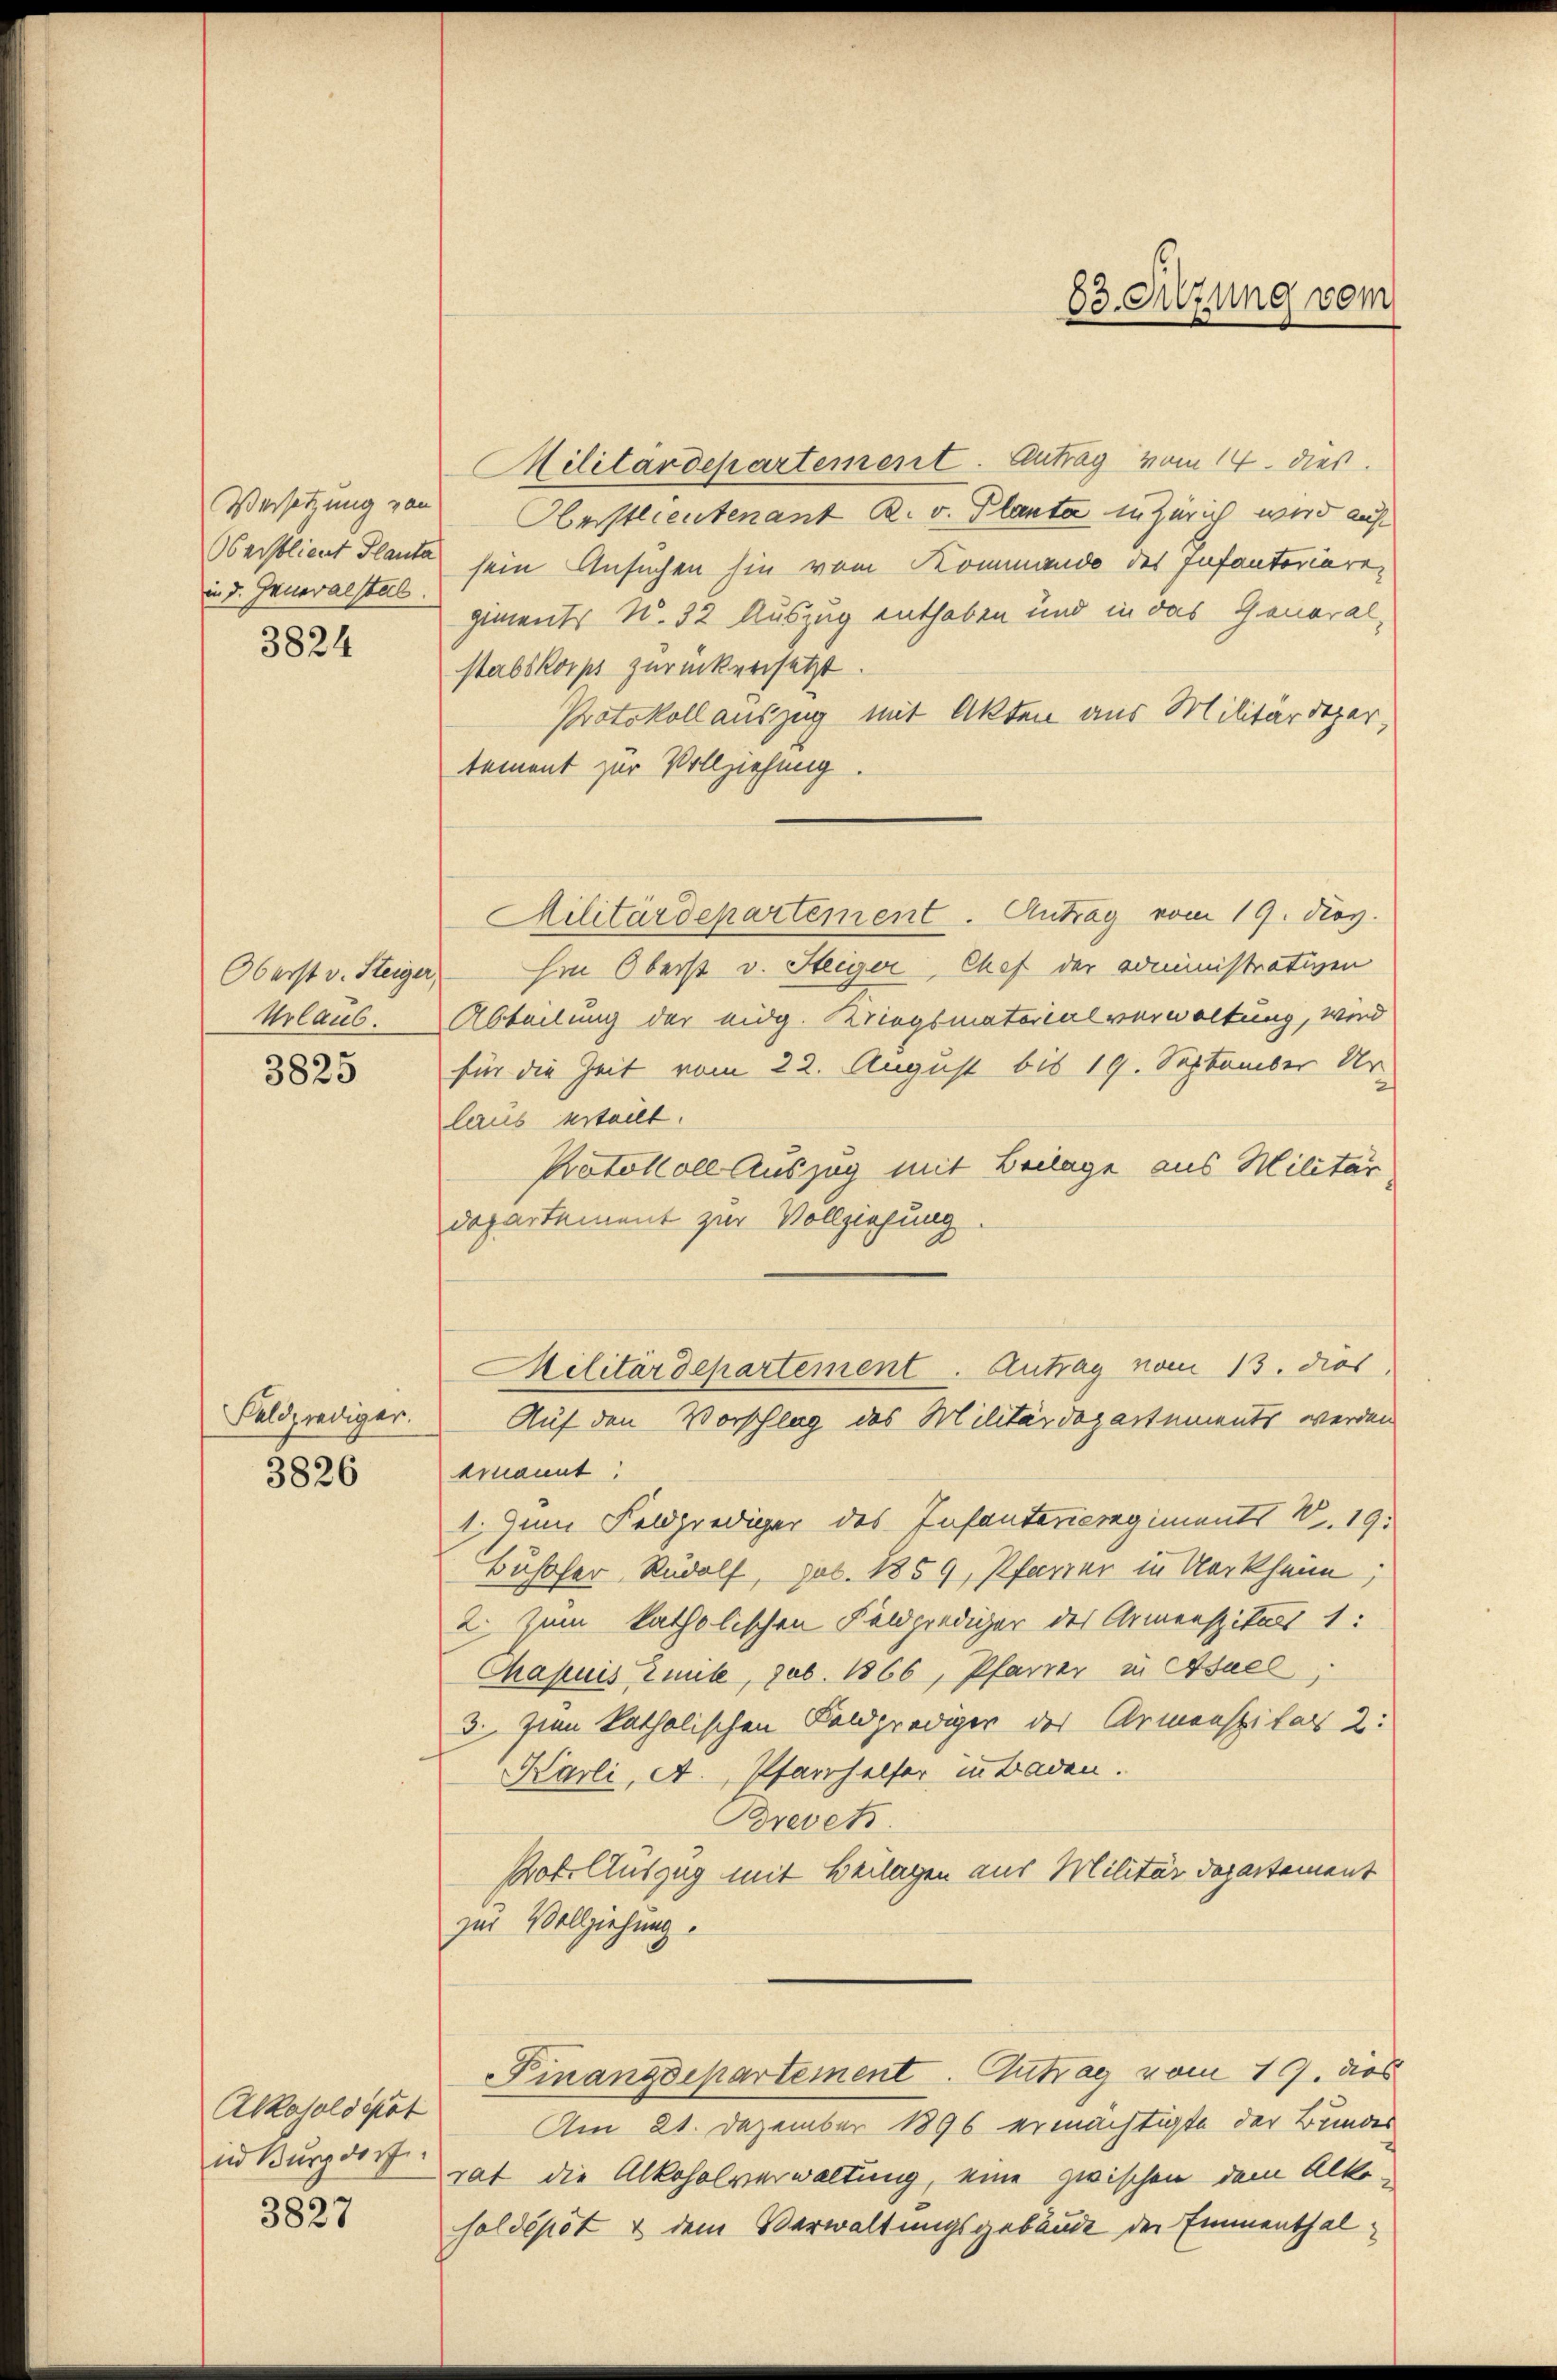
Versetzung von
Oberblicut Planta
in d. Jeneralstell

3824

Oberst v. Steiger,
Urlaub.
3825

Feldprediger.
3826

Alkatoldspöt
in Burgdorf.

3827

83. Sitzung vom

Militärdepartement. Antrag vom 14. dies
Oberstlieutenant R. v. Planta in Zürich wird auf
sein Ansuchen sie vom Kommando des Infantoriaren
giments N. 32 Auszug enthaben und in das General-
stabskorps zurückersetzt
Protokoll auszug mit Akten aus Militärdeper,
tement zur Vollziehung.
Militärdepartement. Antrag vom 19. Nov.
hin Oberst v. Steiger, Chef der Doministrativen
Abteilung der eidg. Kriegsmaterialverwaltung, wird
für die Zeit vom 22. August bis 19. September Ur-
laus urteilt.
Protokoll Auszug mit Beilage aus Militär
Departement zur Vollziehung.
Militärdepartement. Antrag vom 13. dies
Auf den Vorschlag des Militärdepartements werden
ernannt:
1. Zum Feldprediger des Infanterieregiments W. 19.
Bühofer, Rudolf, Job. 1859, Pfarrer in Kerkheim;
2. Zum katholischen Feldprediger des Armenspitals 1:
Chapuis Emile, sub. 1866, Pfarrer in Asuel,
3. Zim katholischen Feldprediger des Armenspitals 2:
Karli, A., Pfarrhelfer in Baden.
Brevets.
Kot. Auszug mit Beilagen aus Militärdepartement
zur Vollziehung.
Finanzdepartement. Antrag vom 19. dies
Am 21. Dezember 1896 ermächtigte der Bundes
rat die Alkoholverwaltung, eine zwischen dem Alto-
soldépôt & dem Verwaltungsgebäude der Emmenthal¬